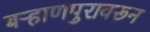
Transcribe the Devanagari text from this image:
बऱ्हाणपुरावरून